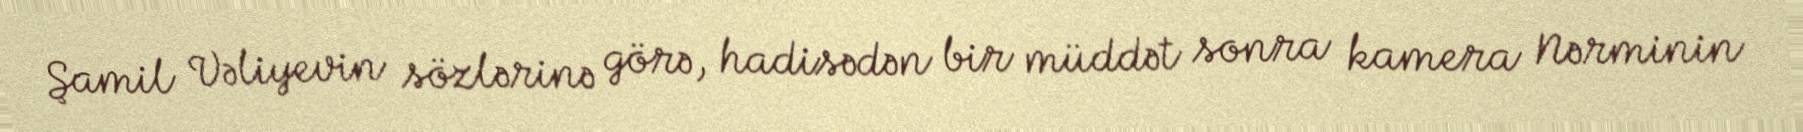
Şamil Vəliyevin sözlərinə görə, hadisədən bir müddət sonra kamera Nərminin